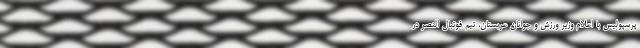
پرسپولیس با اعلام وزیر ورزش و جوانان عربستان، تیم فوتبال النصر در